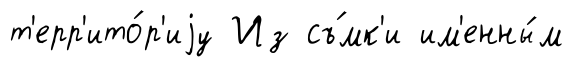
т'ерр'ито́р'иjу Из съ́мк'и им'енны́м